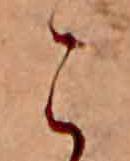
こ